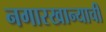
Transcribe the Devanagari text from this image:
नगारखान्याची